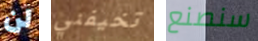
لن تخيفني سنصنع